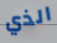
الذي